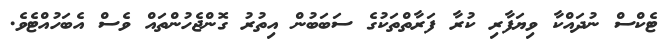
ޓެކްސް ނުދައްކާ ވިޔަފާރި ކުރާ ފަރާތްތަކުގެ ސަބަބުން އިތުރު ގޮންޖެހުންތައް ވެސް އެބަހުއްޓެވެ.